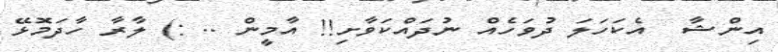
އިންޝާ  އެކަހަލަ ދުވަހެއް ނުދައްކަވާށި!! އާމީން .. :) ލާރާ ހާދަމޮޅޭ